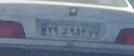
۳۹د۹۵۴۲۲